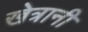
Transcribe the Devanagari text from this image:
खेत्रानी